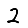
Digit: 2